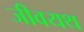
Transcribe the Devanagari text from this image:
जीवयथ